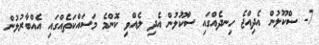
7- ސްކޫލުން އެދިއްޖެ ހިނދެއްގައި ސްކޫލުން އެދި ލެއްވި ކޮންމެ މަސައްކަތެއްގައި އެއްބާރުލުން